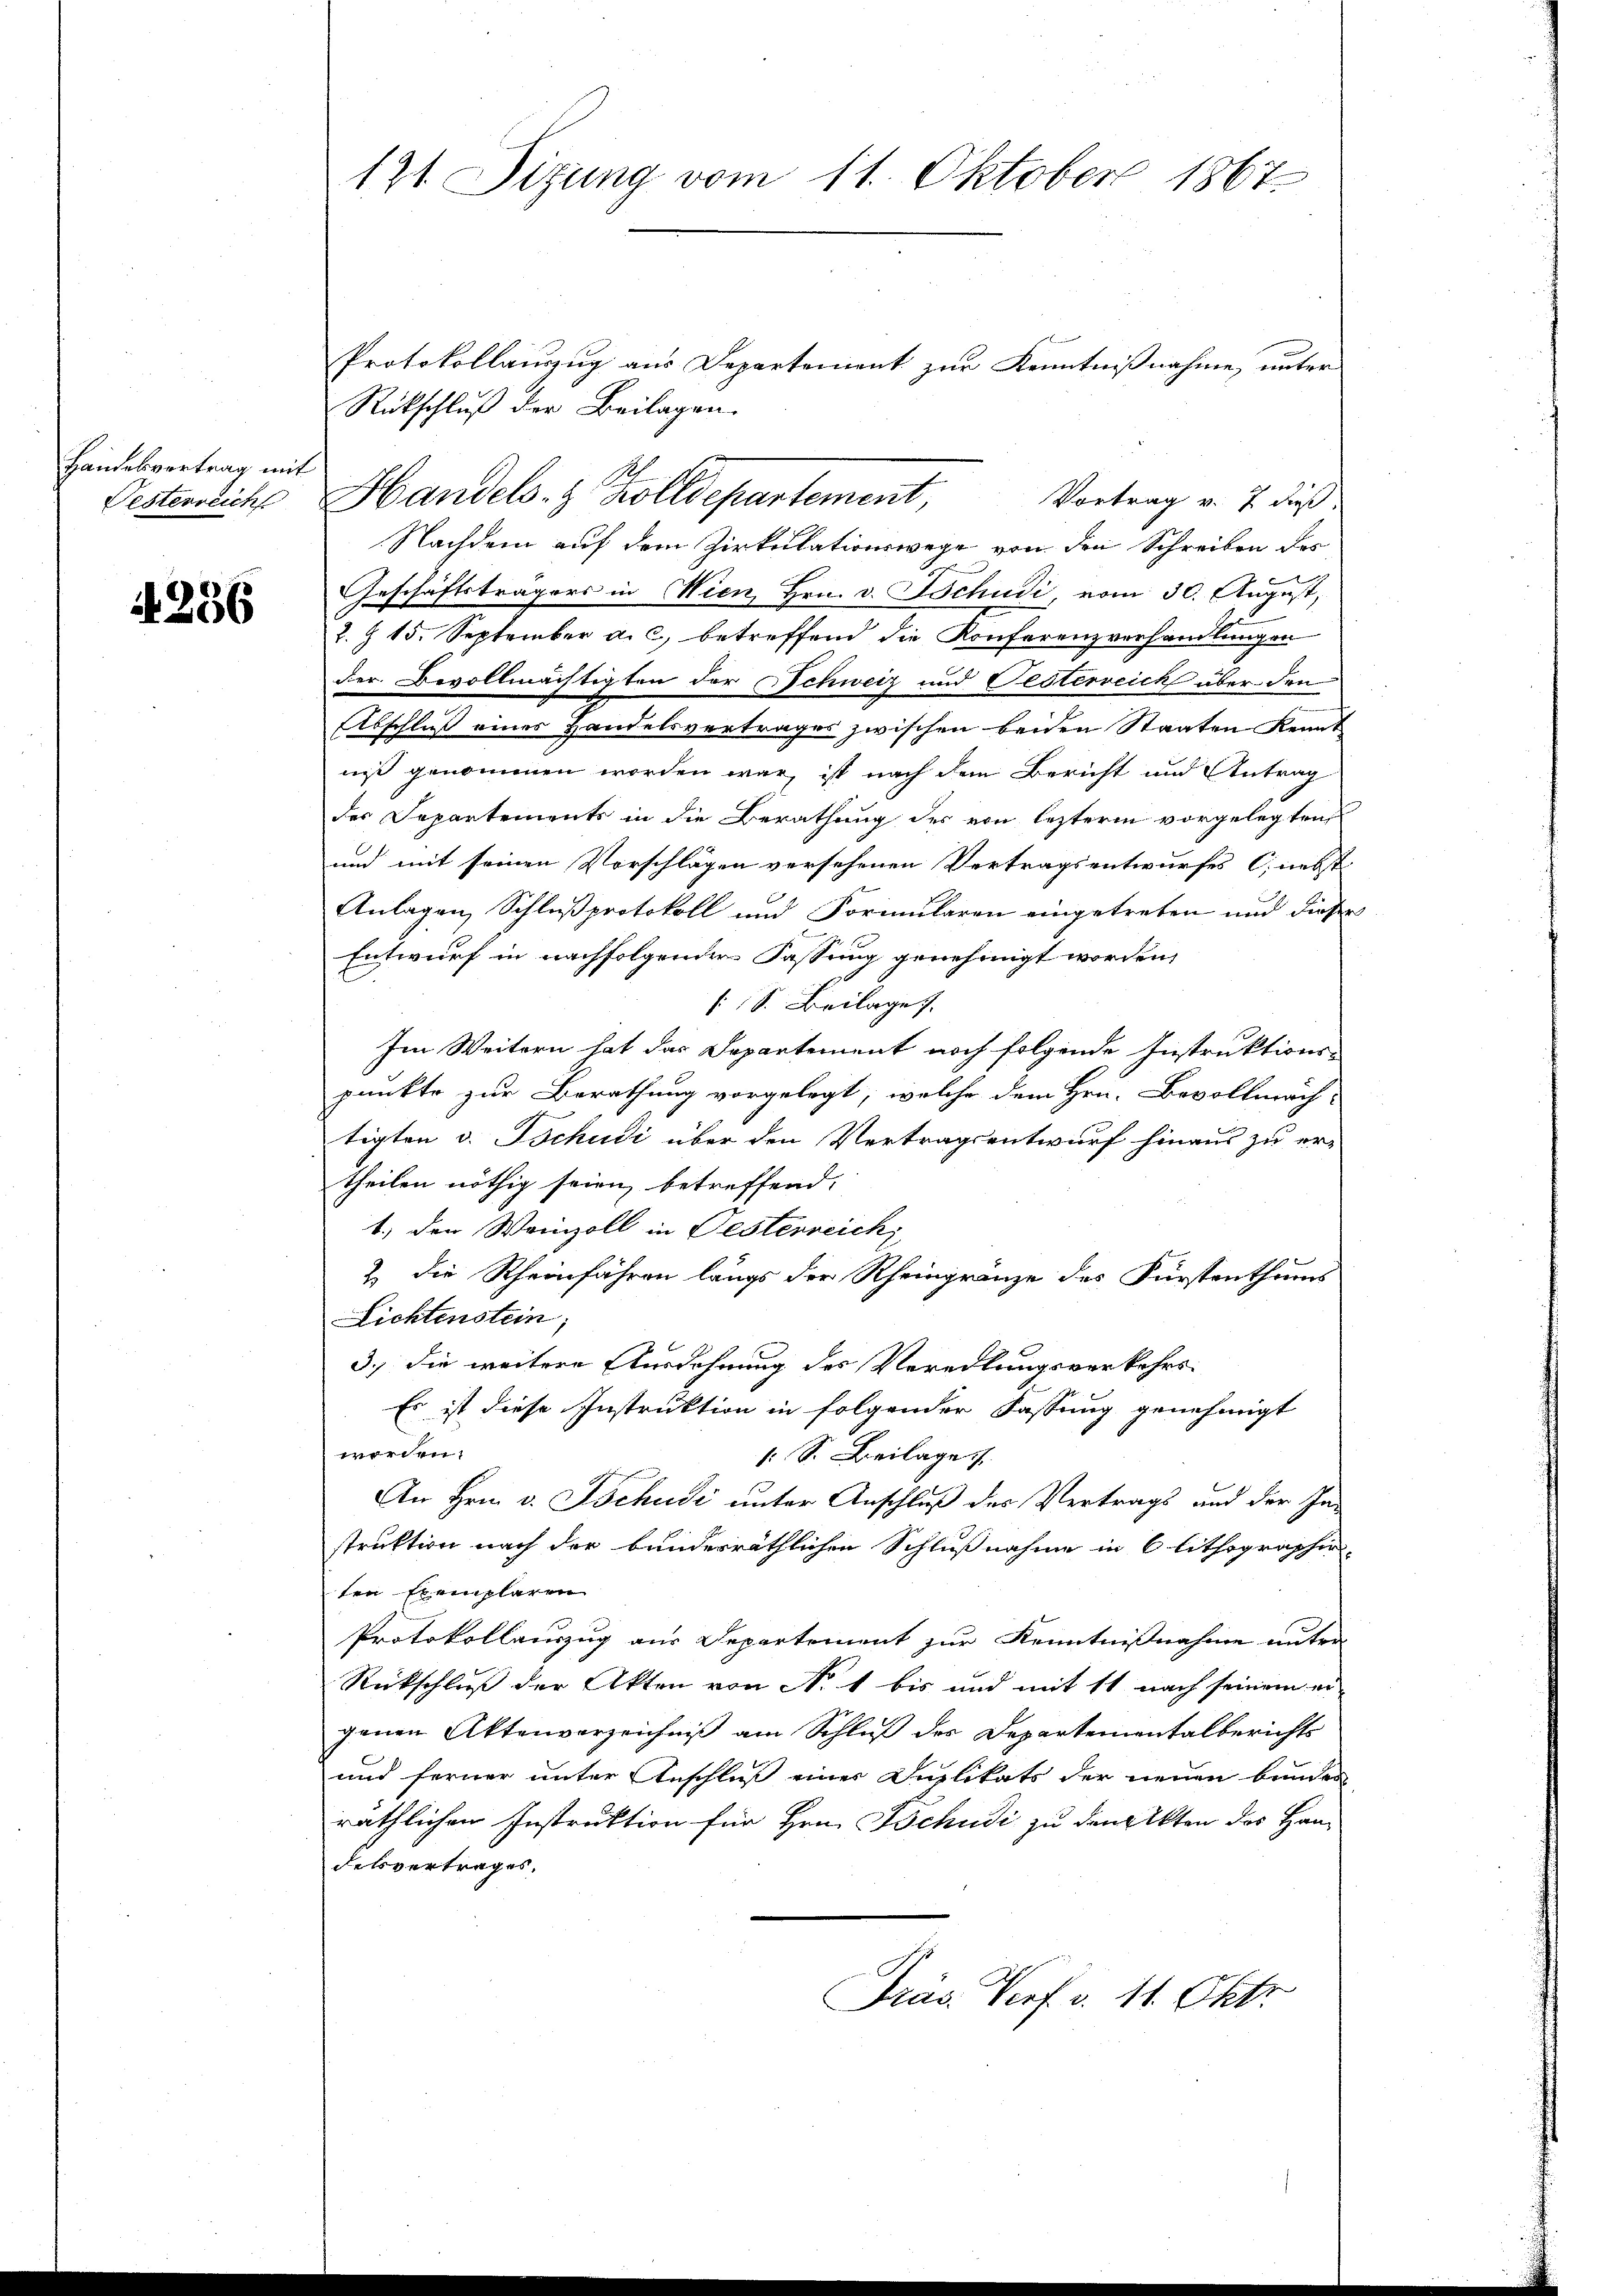
Handesvertrag mit
Fisterreich

4286

121. Sitzung vom 11. Oktober 1867.

Protokollauszug aus Departement zur Kenntnißnahme unter
Rückschluß der Beilagen.
Nachdem auf dem Zirkulationswege von den Schreiben des
Geschäftsträgers in Wien, Hrn. v. Tschudi, vom 30. August,
Z. Z. 15. September a. c. betreffend die Konferenzverhandlungen
der Bevollmächtigten der Schweiz und Festerreich über den
Abschluß eines Handelsvertrages zwischen beiden Staaten Kennt
niß genommen worden war, ist nach dem Bericht und Antrag
der Departements in die Berathung der von lezterm vorgelegten
und mit seinen Vorschlägen versehenen Vertragsentwurfes C. nebst
Anlagen Schlußprotokoll und Formularen eingetreten und diesen
Entwurf in nachfolgenden Fassung genehmigt worden,
/S. Beilage
Im Weitern hat das Departement noch folgende Instruktionspunkte zur Berathung vorgelegt, welche dem Hrn. Bevollmäch-
tigten v. Tschudi über den Vertragsentwurf hinaus zu er-
theilen nöthig seien betreffend,
1., den Weinzoll in Festerreich
& die Rheinfahren längs der Rheingränze des Fürstenthums
Lichtenstein;
3.) Die weitere Ausdehnung des Veredlungsverkehrs¬
Es ist diese Instruktion in folgender Fassung genehmigt
werden.
1 S. Beilage
An Hrn. v. Tschudi unter Anschluß des Vertrags und der Instruktion nach der bunderräthlichen Schlußnahme in 6 lithographir
ten Exemplaren
Protokollauszug aus Departement zur Kenntnißnahme unter
Rückschluß der Akten von No. 1 bis und mit 11 nach seinem er
genen Aktenverzeichniß am Schluß des Departementalberichts
und ferner unter Anschluß eines Duplikats der neuen bunder
räthlichen Instruktion für Hrn. Tschudi zu dem Akten des Han-
delsvertrages.
Präs. Verf. v. 11. Okto

Handels- & Zolldepartement, Vortrag v. 7. dieß